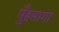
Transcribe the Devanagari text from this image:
मुँहमागा